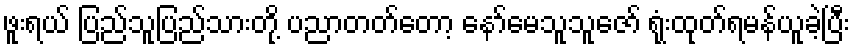
ဖူးရယ် ပြည်သူပြည်သားတို့ ပညာတတ်တော့ နော်မေသူသူဇော် ရုံးထုတ်ရမန်ယူခဲ့ပြီး